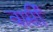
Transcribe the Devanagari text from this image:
वार्सी